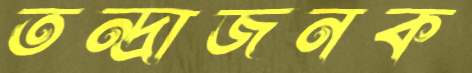
তন্দ্রাজনক